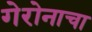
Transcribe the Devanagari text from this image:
गेरोनाचा